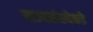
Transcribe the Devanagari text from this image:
राज्यसंस्थेकडे